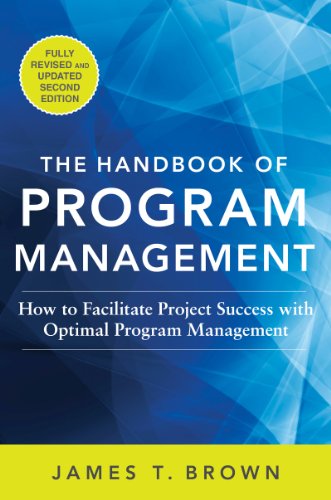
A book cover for The Handbook of Program Management: How to Facilitate Project Success with Optimal Program Management, Second Edition; James T Brown; Business & Money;